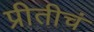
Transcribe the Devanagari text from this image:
प्रीतीचं